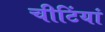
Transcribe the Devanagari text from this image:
चीटिंयां